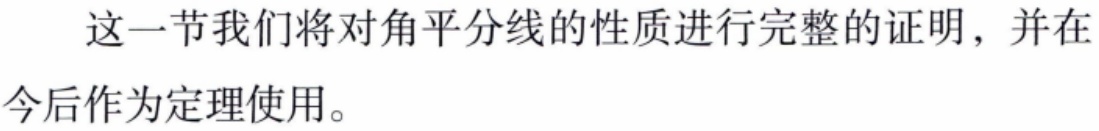
这一节我们将对角平分线的性质进行完整的证明，并在今后作为定理使用。